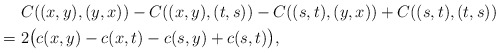
\begin{align*}&C((x,y),(y,x))-C((x,y),(t,s))-C((s,t),(y,x))+C((s,t),(t,s))\\=\ &2\big(c(x,y)-c(x,t)-c(s,y)+c(s,t)\big),\end{align*}